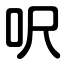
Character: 呎